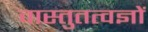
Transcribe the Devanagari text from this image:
वास्तुतत्वज्ञों